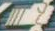
رفس